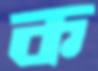
ক